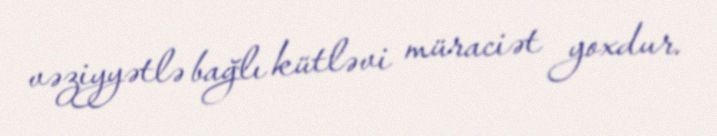
vəziyyətlə bağlı kütləvi müraciət yoxdur.